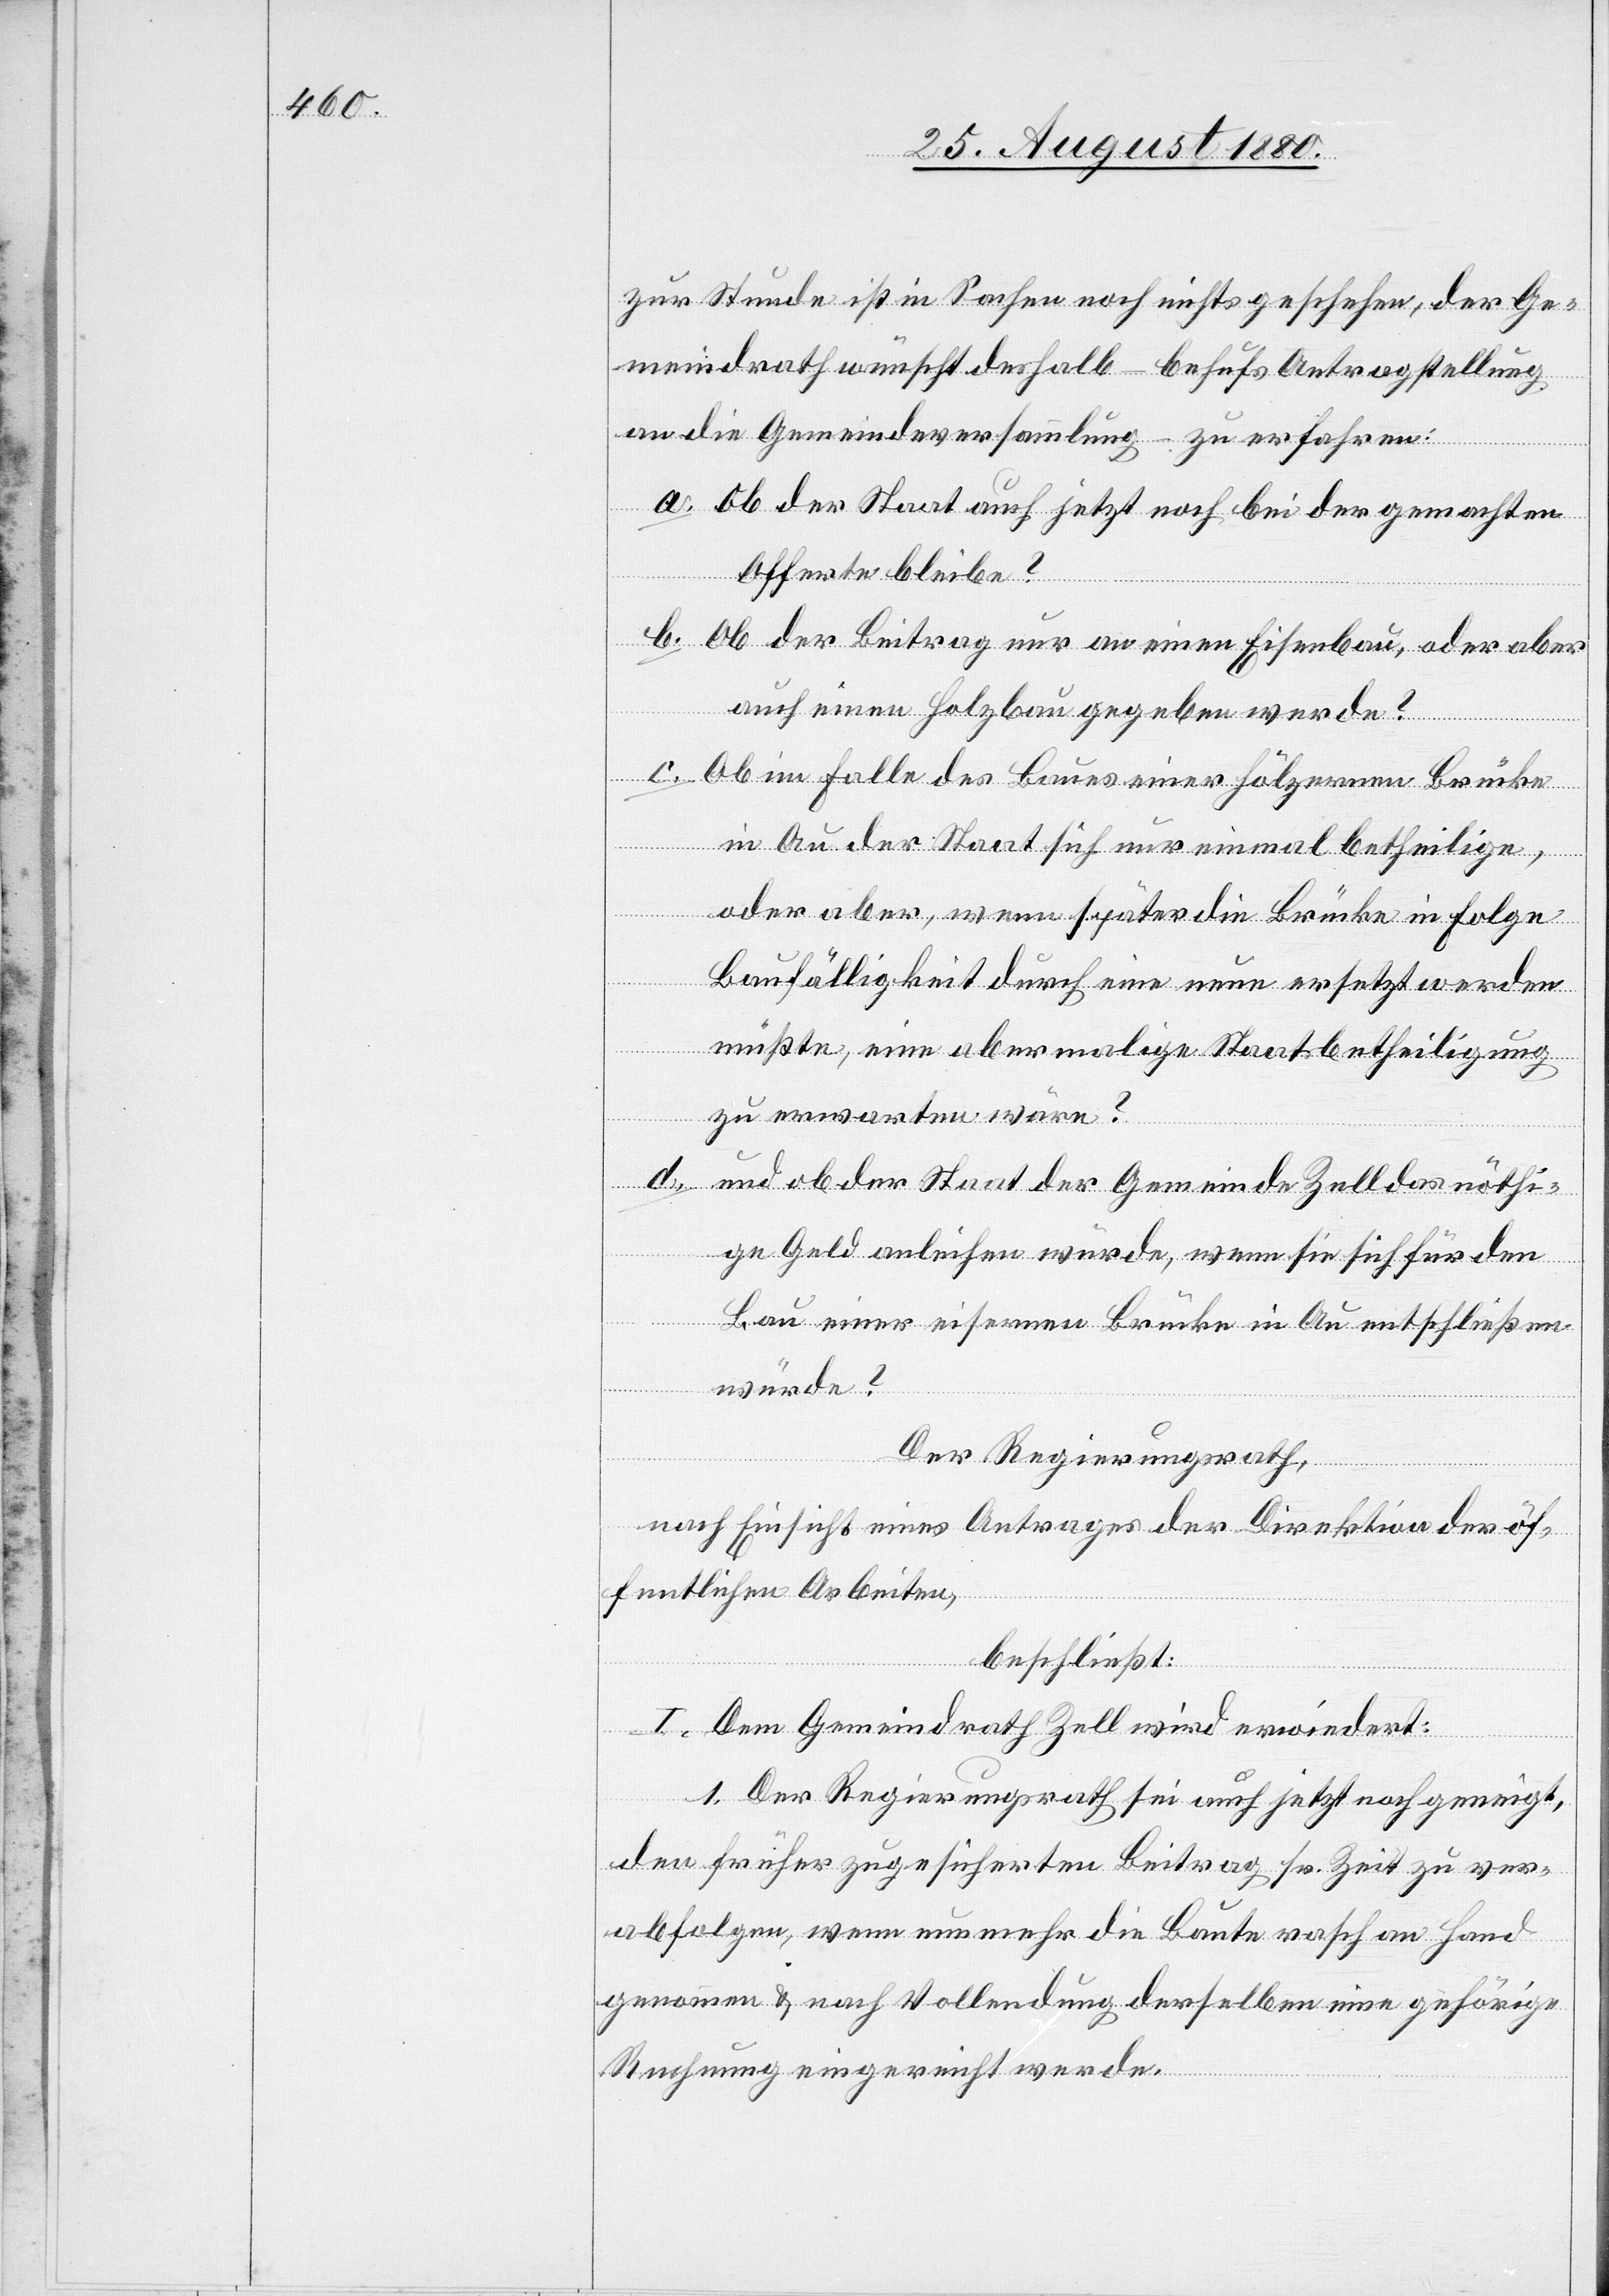
zur Stunde ist in Sachen noch nichts geschehen, der Ge¬
meindrath wünscht deshalb – behufs Antragstellung
an die Gemeindeversammlung – zu erfahren:
a. Ob der Staat auch jetzt noch bei der gemachten
Offerte bleibe?
b. Ob der Beitrag nur an einen Eisenbau, oder aber
auch einen Holzbau gegeben werde?
c. Ob im Falle des Baues einer hölzernen Brücke
in Au der Staat sich nur einmal betheilige,
oder aber, wenn später die Brücke in Folge
Baufälligkeit durch eine neue ersetzt werden
müßte, eine abermalige Staatsbetheiligung
zu erwarten wäre?
d. und ob der Staat der Gemeinde Zell das nöthi¬
ge Geld anleihen würde, wenn sie sich für den
Bau einer eisernen Brücke in Au entschließen
würde?
Der Regierungsrath,
nach Einsicht eines Antrages der Direktion der öf¬
fentlichen Arbeiten,
beschließt:
I. Dem Gemeindrath Zell wird erwiedert:
1. Der Regierungsrath sei auch jetzt noch geneigt,
den früher zugesicherten Beitrag sr. Zeit zu ver¬
abfolgen, wenn nun mehr die baute rasch an Hand
genommen & nach Vollendung derselben eine gehörige
Rechnung eingereicht werde.